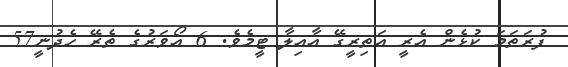
ފުރަތަމަ ކުޅެން އެރީ އަތިރީގޭ އާއިލާ ޓީމެވެ. 6 އޯވަރުގެ ތެރޭ ހެދުނީ57